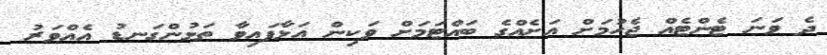
ދެ ވަނަ ޓެންޓެއް ޖެހުމަށް އަށެއްގެ ބައްޓަމަަށް ވަކިން އަޅާފައިވާ ތަޅުންގަނޑު އެއްވަރު